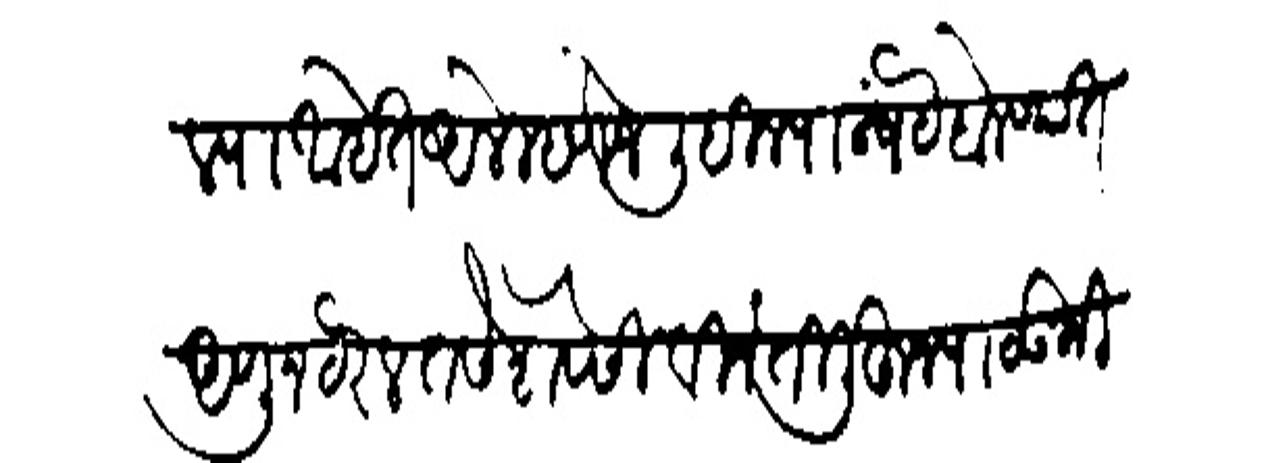
Transliteration (Devanagari): पाठविल्या आहेत आले म्हणने लिहित्याअन्वयें बोलण्यात आणून हरेल तसे शेवेसी विनंती लिहून पाठऊ मिति